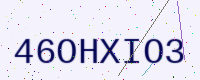
Text: 46OHXIO3